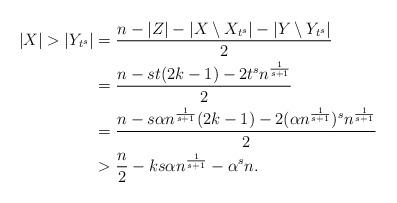
LaTeX: \begin{align*}|X|>|Y_{t^s}|&=\frac{n-|Z|-|X\setminus X_{t^s}|-|Y\setminus Y_{t^s}|}{2}\\&=\frac{n-st(2k-1)-2t^sn^{\frac{1}{s+1}}}{2}\\&=\frac{n-s \alpha n^{\frac{1}{s+1}}(2k-1)-2(\alpha n^{\frac{1}{s+1}})^s n^{\frac{1}{s+1}}}{2}\\&> \frac{n}{2}-ks \alpha n^{\frac{1}{s+1}}-\alpha^s n.\end{align*}